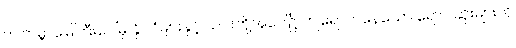
ဤကမ္ဘာမြေကြီးပေါ်မှ နိုင်ငံများနှင့် ယင်းတို့အပေါ်၌ ကျရောက်နေသော ရောဂါဆိုးများကို